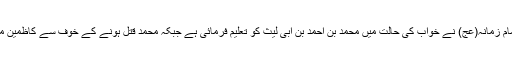
کہا گیا ہے کہ یہ دعا امام زمانہ(عج) نے خواب کی حالت میں محمد بن احمد بن ابی لیث کو تعلیم فرمائی ہے جبکہ محمد قتل ہونے کے خوف سے کاظمین میں پناہ لئے ہوئے تھے۔